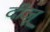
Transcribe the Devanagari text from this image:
दीजू